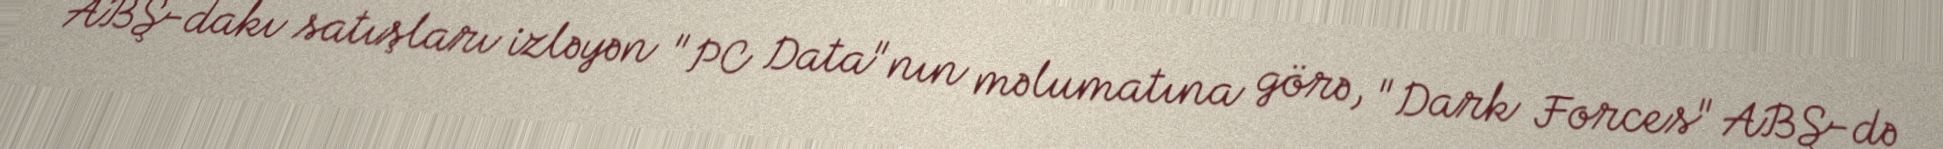
ABŞ-dakı satışları izləyən "PC Data"nın məlumatına görə, "Dark Forces" ABŞ-də